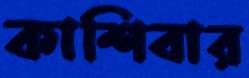
কাশিবার